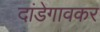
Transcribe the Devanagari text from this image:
दांडेगावकर